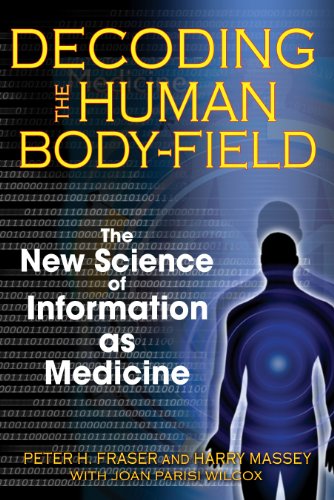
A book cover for Decoding the Human Body-Field: The New Science of Information as Medicine; Peter H. Fraser; Health, Fitness & Dieting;